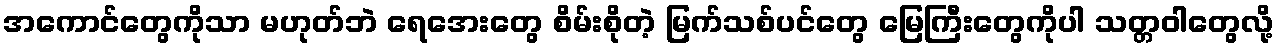
အကောင်တွေကိုသာ မဟုတ်ဘဲ ရေအေးတွေ စိမ်းစိုတဲ့ မြက်သစ်ပင်တွေ မြေကြီးတွေကိုပါ သတ္တဝါတွေလို့